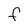
Character: F